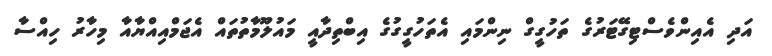
އަދި އެއިންވެސްޓިގޭޓަރުގެ ތަހުގީގް ނިންމައި އެތަހުގީގުގެ އިބްތިދާއީ މައުލޫމާތުތައް އެޖަމްއިއްޔާއާ މިހާރު ހިއްސާ